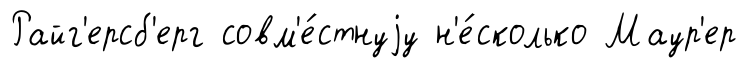
Райг'ерсб'ерг совм'е́стнуjу н'е́сколько Маур'ер